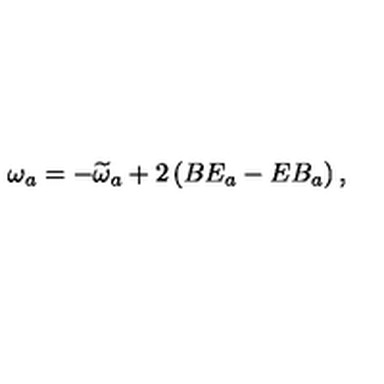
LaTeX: \omega _ { a } = - \widetilde { \omega } _ { a } + 2 \left( B E _ { a } - E B _ { a } \right) ,